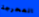
المحرجة